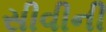
સીવીની